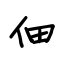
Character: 佃